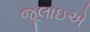
જૂલાઇએ